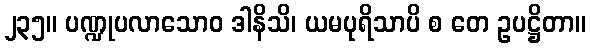
၂၃၅။ ပဏ္ဍုပလာသောဝ ဒါနိသိ၊ ယမပုရိသာပိ စ တေ ဥပဋ္ဌိတာ။